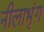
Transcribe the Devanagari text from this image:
नीलाभृंग